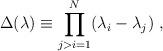
LaTeX: \begin{align*}\Delta(\lambda)\equiv\prod_{j>i=1}^{N}(\lambda_i-\lambda_j) \ ,\end{align*}